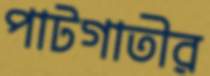
পাটগাতীর